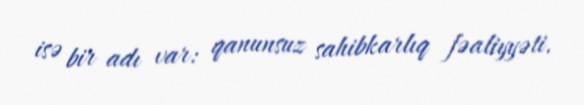
isə bir adı var: qanunsuz sahibkarlıq fəaliyyəti.